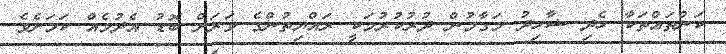
ކަންތައްތަކާ ހެދި ޝާހިދު މަގާމުން ދުރުކުރުމަކީ ރައްޔިތުންގެ ވަރަށް ބޮޑު އެދުމެއް ކަމަށެވެ.